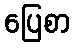
ပြေစာ